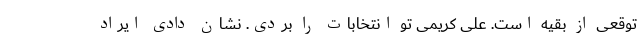
توقعی از بقیه است. علی کریمی تو انتخابات را بردی. نشان دادی ایراد